Indian journal of veterinary science and animal husbandry - Volume 2,
Year: 1932
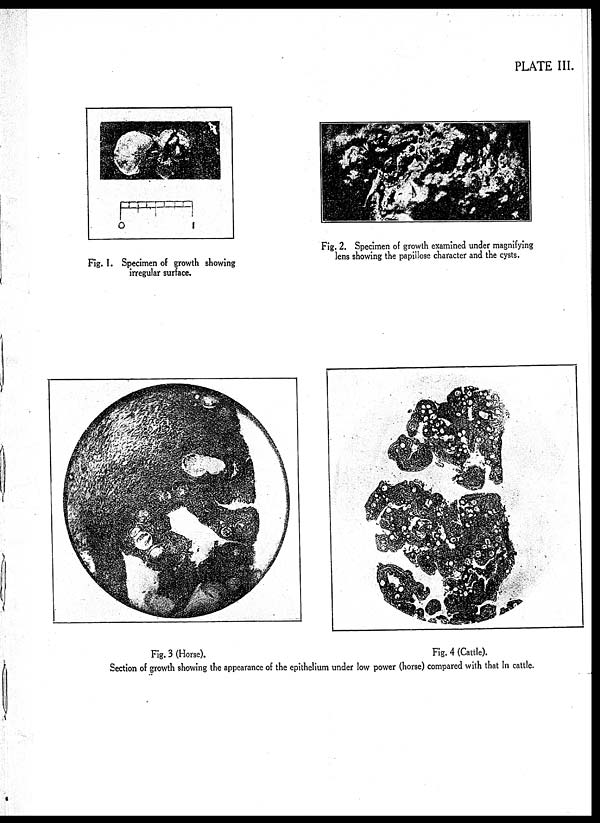
PLATE III.
Fig. 1. Specimen of growth showing
irregular surface.
Fig. 2. Specimen of growth examined under magnifying
lens showing the papillose character and the cysts.
Fig. 3 (Horse).
Fig. 4 (Cattle).
Section of growth showing the appearance of the epithelium under low power (horse) compared with that in cattle.